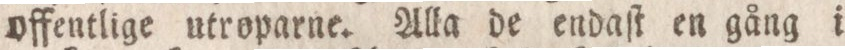
offentlige utroparne. Alla de endaſt en gång i